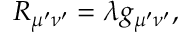
R _ { \mu ^ { \prime } \nu ^ { \prime } } = \lambda g _ { \mu ^ { \prime } \nu ^ { \prime } } ,